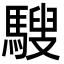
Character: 騪